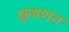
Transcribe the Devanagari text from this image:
कृषणन